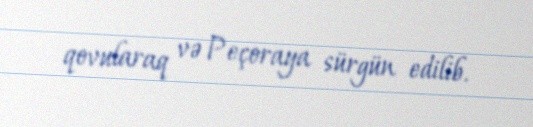
qovularaq və Peçoraya sürgün edilib.